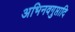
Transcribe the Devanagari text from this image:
अभिनवगुप्तादि